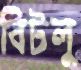
বিটলু